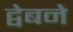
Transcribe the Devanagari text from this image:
द्वेबने